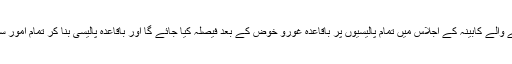
وزیر اعلی نے کہا کہ آنے والے کابینہ کے اجلاس میں تمام پالیسیوں پر باقاعدہ غورو خوض کے بعد فیصلہ کیا جائے گا اور باقاعدہ پالیسی بنا کر تمام امور سر انجام دیئے جائیں گے ۔